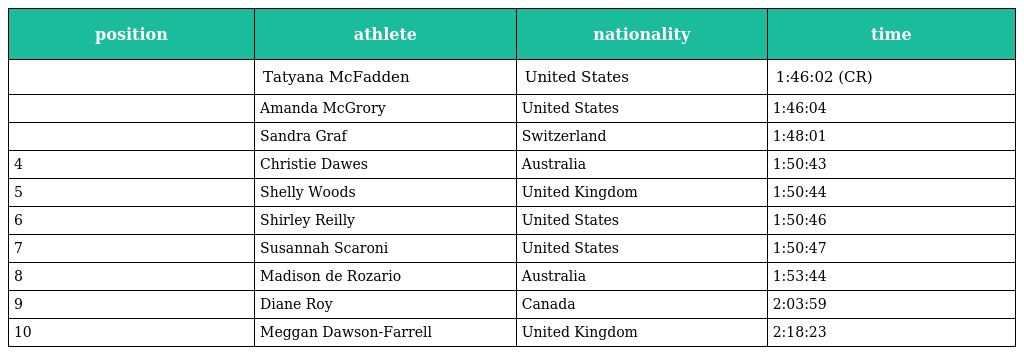
| position | athlete | nationality | time |
 | --- | --- | --- | --- |
 |  | Tatyana McFadden | United States | 1:46:02 (CR) |
 |  | Amanda McGrory | United States | 1:46:04 |
 |  | Sandra Graf | Switzerland | 1:48:01 |
 | 4 | Christie Dawes | Australia | 1:50:43 |
 | 5 | Shelly Woods | United Kingdom | 1:50:44 |
 | 6 | Shirley Reilly | United States | 1:50:46 |
 | 7 | Susannah Scaroni | United States | 1:50:47 |
 | 8 | Madison de Rozario | Australia | 1:53:44 |
 | 9 | Diane Roy | Canada | 2:03:59 |
 | 10 | Meggan Dawson-Farrell | United Kingdom | 2:18:23 |